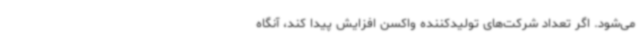
می‌شود. اگر تعداد شرکت‌های تولیدکننده واکسن افزایش پیدا کند، آنگاه